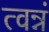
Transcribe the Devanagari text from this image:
त्वन्नं